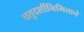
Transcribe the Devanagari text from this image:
चतुदर्शीनिमित्ताने